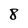
Character: 8